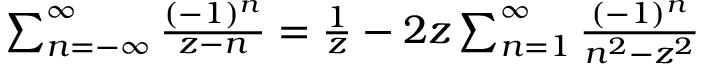
\begin{array} { r } { \sum _ { n = - \infty } ^ { \infty } { \frac { ( - 1 ) ^ { n } } { z - n } } = { \frac { 1 } { z } } - 2 z \sum _ { n = 1 } ^ { \infty } { \frac { ( - 1 ) ^ { n } } { n ^ { 2 } - z ^ { 2 } } } } \end{array}